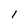
Character: I